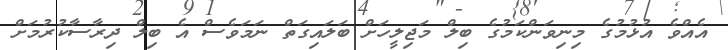
އެއްވެ އުޅުމުގެ މިނިވަންކަމުގެ ބިލް މަޖިލީހަށް ބަލައިގަތް ނަމަވެސް އެ ބިލް ދިރާސާކުރުމަށް